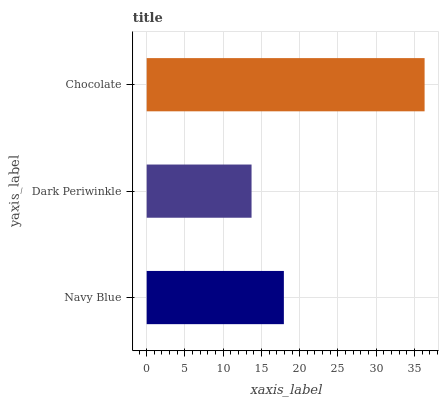
| yaxis_label | bars |
 | --- | --- |
 | Navy Blue | 17.9 |
 | Dark Periwinkle | 13.7 |
 | Chocolate | 36.3 |